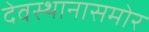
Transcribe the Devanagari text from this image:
देवस्थानासमोर